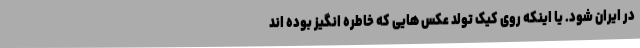
در ایران شود. یا اینکه روی کیک تولد عکس هایی که خاطره انگیز بوده اند